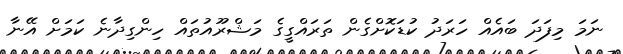
ނަމަ މިފަދަ ބައެއް ހަރަދު ކުޑަކޮށްގެން ތަރައްގީގެ މަޝްރޫއުތައް ހިންގިދާނެ ކަމަށް އޭނާ